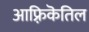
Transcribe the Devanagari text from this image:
आफ़्रिकॆतिल